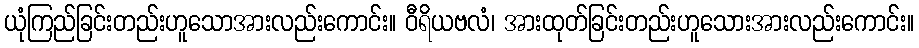
ယုံကြည်ခြင်းတည်းဟူသောအားလည်းကောင်း။ ဝီရိယဗလံ၊ အားထုတ်ခြင်းတည်းဟူသေားအားလည်းကောင်း။